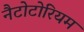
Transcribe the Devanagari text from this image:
नैटोटोरियम